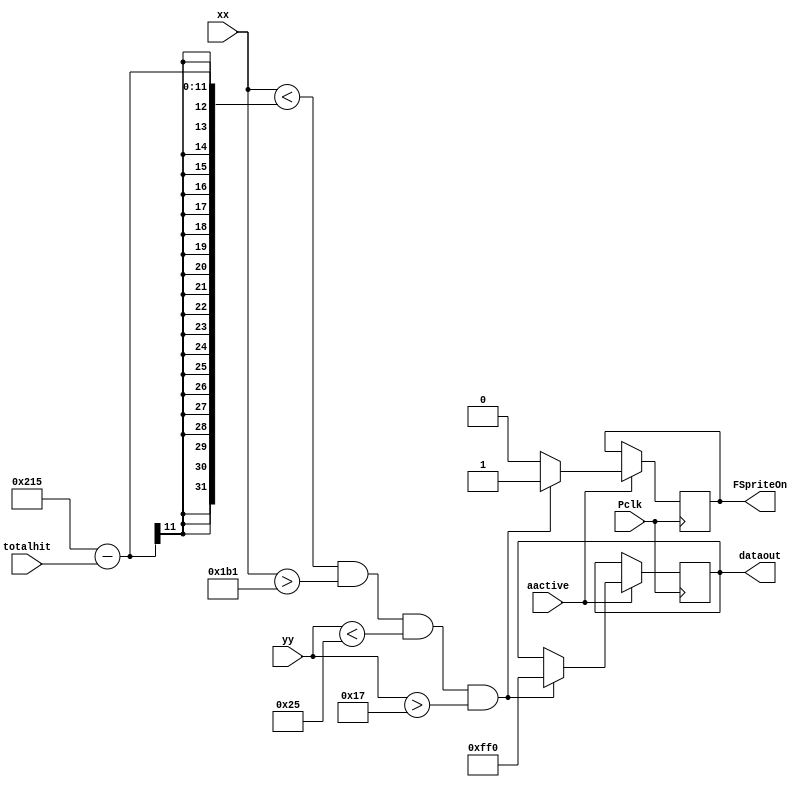
`timescale 1ns / 1ps
//////////////////////////////////////////////////////////////////////////////////
// Company: 
// Engineer: 
// 
// Design Name: 
// Module Name: HpFrame3Sprite
// Project Name: 
// Target Devices: 
// Tool Versions: 
// Description: 
// 
// Dependencies: 
// 
// Revision:
// Revision 0.01 - File Created
// Additional Comments:
// 
//////////////////////////////////////////////////////////////////////////////////


module Hp3Sprite(
    input wire [9:0] xx, // current x position
    input wire [9:0] yy, // current y position
    input wire aactive, // high during active pixel drawing
    output reg FSpriteOn, // 1=on, 0=off
    output wire [11:0] dataout, // pixel value
    input wire Pclk, // 25MHz pixel clock
    input wire [10:0] totalhit
    );
	
	reg [11:0] rgb; 
	reg [11:0] cyan = 12'b000011111111;
	reg [11:0] magenta = 12'b111100001111;
	reg [11:0] yellow = 12'b111111110000;
	reg [11:0] white = 12'hFFF;
          
    // setup character positions and sizes
    reg [8:0] FrameX = 483;
    reg [8:0] FrameY = 30; 
    localparam FrameWidth = 50; 
    localparam FrameHeight = 7; 
    
    always @ (posedge Pclk)
    begin 
        if (aactive)
            begin 
                if (xx<FrameX+FrameWidth-totalhit && xx>FrameX-FrameWidth && yy<FrameY+FrameHeight && yy>FrameY-FrameHeight)
                    begin
                        rgb <= yellow;
                        FSpriteOn <=1;
                    end
                else
                    FSpriteOn <=0;
            end
    end
    
    assign dataout = rgb;
    
endmodule